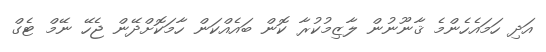
އަދި ހަމައެހެންމެ ޤާނޫނުން ލާޒިމުކުރާ ކޮން ބައެއްކަން ހާމަކޮށްދޭން ޖެހޭ ނޭމް ޓެގް